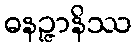
ဓနဉ္ဇာနိဿ